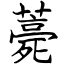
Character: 薧